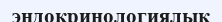
эндокринологиялық